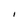
Character: l